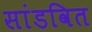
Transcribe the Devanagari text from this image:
सांडवित